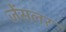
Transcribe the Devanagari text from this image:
जेंसलर